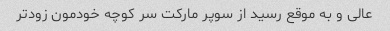
عالى و به موقع رسید از سوپر مارکت سر کوچه خودمون زودتر